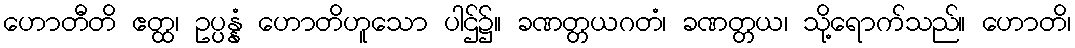
ဟောတီတိ ဧတ္ထ၊ ဥပ္ပန္နံ ဟောတိဟူသော ပါဌ်၌။ ခဏတ္တယဂတံ၊ ခဏတ္တယ၊ သို့ရောက်သည်။ ဟောတိ၊